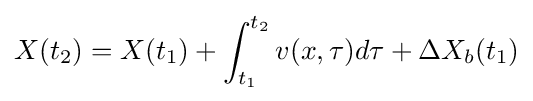
X(t_{2})=X(t_{1})+\int _{t_{1}}^{t_{2}}v(x,\tau )d\tau +\Delta X_{b}(t_{1})